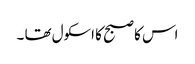
اس کا صبح کا اسکول تھا ۔